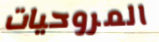
المروحيات